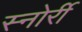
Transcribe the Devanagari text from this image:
स्नोर्री